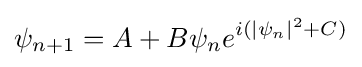
\psi _{n+1}=A+B\psi _{n}e^{i(|\psi _{n}|^{2}+C)}